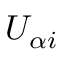
U _ { \alpha i }